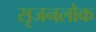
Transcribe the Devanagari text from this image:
सृजनलोक